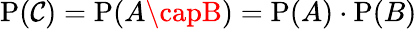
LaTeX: \operatorname{P}(\mathcal{C})=\operatorname{P}(A\capB)=\operatorname{P}(A)\cdot\operatorname{P}(B)